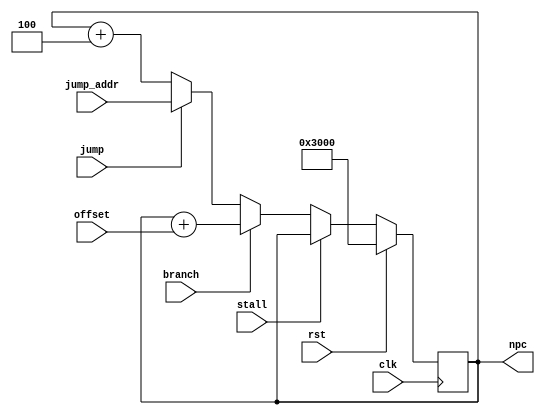
module PC(
    input clk,
    input rst,
    input branch,
    input jump,
    input stall,
    input [31:0] offset,
    input [31:0] jump_addr,
    output reg [31:0] npc
    );

  always @(posedge clk) begin
    if (rst) npc <= 32'h3000;
      else begin
            if(stall)       npc <= npc;
            else if(branch) npc <= npc + offset;
            else if(jump)   npc <= jump_addr;
            else            npc <= npc + 4;
        end
  end


endmodule